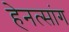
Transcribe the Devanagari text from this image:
हेनत्सांग